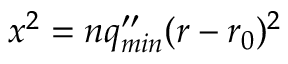
x ^ { 2 } = n q _ { m i n } ^ { \prime \prime } ( r - r _ { 0 } ) ^ { 2 }